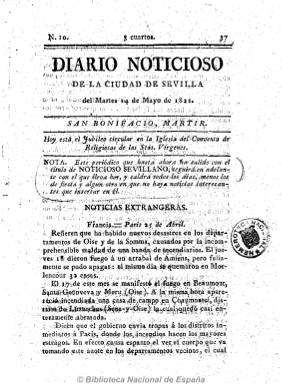
Título: Diario noticioso de la ciudad de Sevilla
Otros títulos: Diario noticioso extraordinario de la ciudad de Sevilla
Colección: Periódicos anteriores a 1850
Ámbito geográfico: Sevilla
Lugar de publicación: Sevilla
Fechas: 14/05/1822-02/01/1824

Con este título comienza a publicarse a partir del martes, 14 de mayo de 1822, el periódico El noticioso sevillano, que había empezado a editarse semanas antes en la capital hispalense sin una periodicidad conocida. Lo hará ya bajo esta cabecera con frecuencia diaria, excepto festivos o algún día esporádico por falta de noticias, y continuando tanto la numeración como la paginación seguida de su antecesor, y fechando ya cada edición.

Comenzará cada número con el santoral y el jubileo, e insertará extractos de otros periódicos de noticias extranjeras y nacionales, artículos de oficio (decretos reales, partes, comunicados, etc.), una sección de Anuncios (con los precios de los productos de la Alhóndiga Nacional y el movimiento portuario bajo el epígrafe de Barco de vapor), correspondencia particular, algunos romances, etc.

Para Checa Godoy es un periódico noticioso de matiz “neutral”, y para Chaves Rey abundarán en sus páginas las noticias sobre la facción absolutista, dando cuenta de los mil pormenores sobre los acontecimientos militares y políticos, así como las conjuras y procesos judiciales del periodo, etc.

Publicó también suplementos o extraordinarios. Fue impreso, como su antecesor, en números de cuatro páginas por Hidalgo y Compañía, y después saldrá de la imprenta de María del Carmen Padrino, y al final su cabecera estará acompañada por el grabado del escudo de la ciudad (NO&DO).

Con este título debió de estar publicándose hasta mediados de 1823, pues tras la vuelta del absolutismo fernandino continuó apareciendo pero reduciendo su cabecera a Diario de la ciudad de Sevilla, reiniciando tanto la numeración como la foliación continuada, pero con la estructura física y de contenidos exacta a la del anterior título.